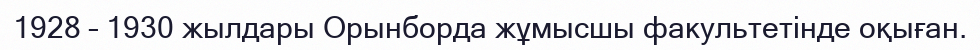
1928 – 1930 жылдары Орынборда жұмысшы факультетінде оқыған.